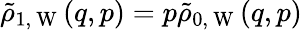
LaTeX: \tilde{\rho}_{1,\mathrm{~W~}}(q,p)=p\tilde{\rho}_{0,\mathrm{~W~}}(q,p)